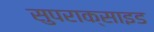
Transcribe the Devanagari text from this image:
सुपराक्साइड